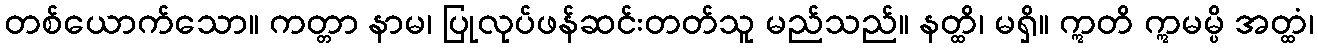
တစ်ယောက်သော။ ကတ္တာ နာမ၊ ပြုလုပ်ဖန်ဆင်းတတ်သူ မည်သည်။ နတ္ထိ၊ မရှိ။ ဣတိ ဣမမ္ပိ အတ္ထံ၊